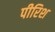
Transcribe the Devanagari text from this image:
पीरिश